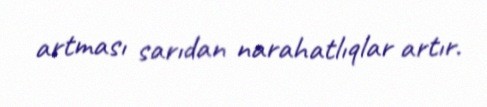
artması sarıdan narahatlıqlar artır.